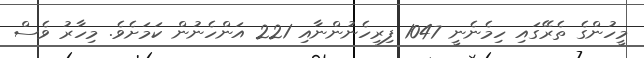
މީހުންގެ ތެރޭގައި ހިމެނެނީ 1047 ފިރިހެނުންނާއި 221 އަންހެނުން ކަމަށެވެ. މިހާރު ވެސް